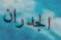
الجدران